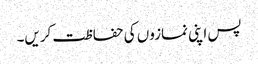
پس اپنی نمازوں کی حفاظت کریں۔